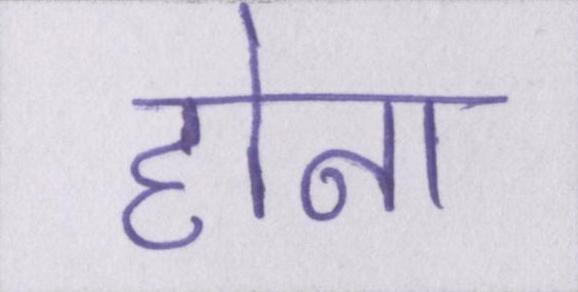
होना